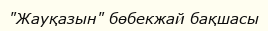
"Жауқазын" бөбекжай бақшасы